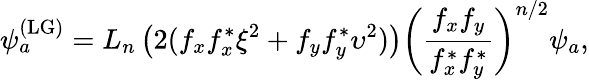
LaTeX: \psi_{a}^{(\textrm{LG})}=L_{n}\left(2(f_{x}f_{x}^{*}\xi^{2}+f_{y}f_{y}^{*}\upsilon^{2})\right)\left(\frac{f_{x}f_{y}}{f_{x}^{*}f_{y}^{*}}\right)^{n/2}\psi_{a},